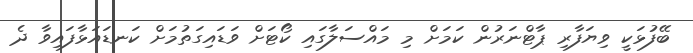
ބޭފުޅަކީ ވިޔަފާރި ޕާޓްނަރުން ކަމަށް މި މައްސަލާގައި ކޯޓަށް ވަޑައިގަތުމަށް ކަނޑައަޅާފައިވާ ދެ